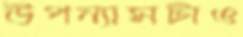
উপন্যাসটাও